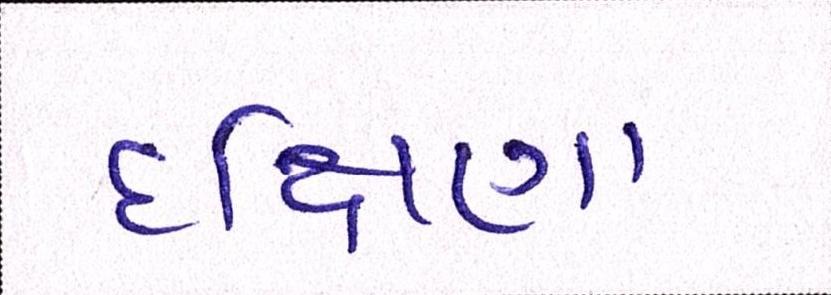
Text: દક્ષિણા